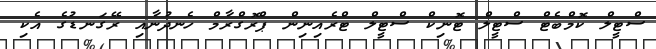
ސްޓީލް ކޮމްބެޓް ސްޓީލް ޓޮނިކް ސްޓީލް ޓްރެއިނިން ޕްރޮގްރާމް ހެނދުނާއި ރޭގަނޑުގެ އެކި